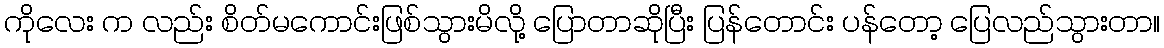
ကိုလေး က လည်း စိတ်မကောင်းဖြစ်သွားမိလို့ ပြောတာဆိုပြီး ပြန်တောင်း ပန်တော့ ပြေလည်သွားတာ။